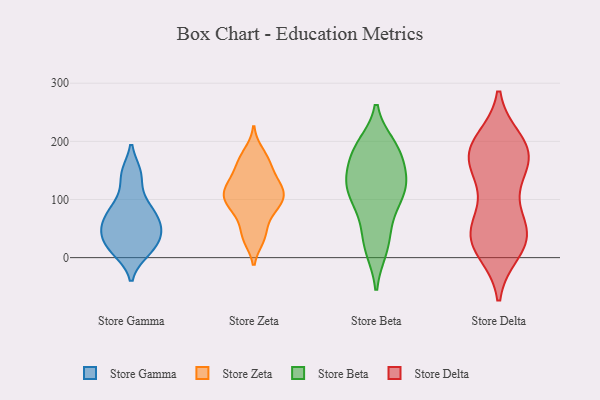
{"axis": {"x": "Customer Acquisition Cost (USD)", "y": "Value"}, "legend": ["Store Beta", "Store Delta", "Store Gamma", "Store Zeta"], "data": [{"x": "", "y": 38, "type": "Store Gamma"}, {"x": "", "y": 19, "type": "Store Gamma"}, {"x": "", "y": 47, "type": "Store Gamma"}, {"x": "", "y": 78, "type": "Store Gamma"}, {"x": "", "y": 58, "type": "Store Gamma"}, {"x": "", "y": 11, "type": "Store Gamma"}, {"x": "", "y": 82, "type": "Store Gamma"}, {"x": "", "y": 144, "type": "Store Gamma"}, {"x": "", "y": 61, "type": "Store Gamma"}, {"x": "", "y": 10, "type": "Store Gamma"}, {"x": "", "y": 144, "type": "Store Gamma"}, {"x": "", "y": 38, "type": "Store Gamma"}, {"x": "", "y": 98, "type": "Store Gamma"}, {"x": "", "y": 146, "type": "Store Zeta"}, {"x": "", "y": 90, "type": "Store Zeta"}, {"x": "", "y": 127, "type": "Store Zeta"}, {"x": "", "y": 88, "type": "Store Zeta"}, {"x": "", "y": 113, "type": "Store Zeta"}, {"x": "", "y": 181, "type": "Store Zeta"}, {"x": "", "y": 85, "type": "Store Zeta"}, {"x": "", "y": 121, "type": "Store Zeta"}, {"x": "", "y": 34, "type": "Store Zeta"}, {"x": "", "y": 112, "type": "Store Zeta"}, {"x": "", "y": 94, "type": "Store Zeta"}, {"x": "", "y": 163, "type": "Store Zeta"}, {"x": "", "y": 118, "type": "Store Zeta"}, {"x": "", "y": 164, "type": "Store Zeta"}, {"x": "", "y": 55, "type": "Store Zeta"}, {"x": "", "y": 33, "type": "Store Zeta"}, {"x": "", "y": 116, "type": "Store Beta"}, {"x": "", "y": 120, "type": "Store Beta"}, {"x": "", "y": 177, "type": "Store Beta"}, {"x": "", "y": 128, "type": "Store Beta"}, {"x": "", "y": 189, "type": "Store Beta"}, {"x": "", "y": 15, "type": "Store Beta"}, {"x": "", "y": 184, "type": "Store Beta"}, {"x": "", "y": 192, "type": "Store Beta"}, {"x": "", "y": 37, "type": "Store Beta"}, {"x": "", "y": 183, "type": "Store Beta"}, {"x": "", "y": 128, "type": "Store Beta"}, {"x": "", "y": 149, "type": "Store Beta"}, {"x": "", "y": 111, "type": "Store Beta"}, {"x": "", "y": 124, "type": "Store Beta"}, {"x": "", "y": 16, "type": "Store Beta"}, {"x": "", "y": 68, "type": "Store Beta"}, {"x": "", "y": 86, "type": "Store Beta"}, {"x": "", "y": 169, "type": "Store Delta"}, {"x": "", "y": 106, "type": "Store Delta"}, {"x": "", "y": 32, "type": "Store Delta"}, {"x": "", "y": 200, "type": "Store Delta"}, {"x": "", "y": 195, "type": "Store Delta"}, {"x": "", "y": 41, "type": "Store Delta"}, {"x": "", "y": 12, "type": "Store Delta"}, {"x": "", "y": 35, "type": "Store Delta"}, {"x": "", "y": 45, "type": "Store Delta"}, {"x": "", "y": 183, "type": "Store Delta"}, {"x": "", "y": 48, "type": "Store Delta"}, {"x": "", "y": 130, "type": "Store Delta"}, {"x": "", "y": 50, "type": "Store Delta"}, {"x": "", "y": 162, "type": "Store Delta"}, {"x": "", "y": 176, "type": "Store Delta"}, {"x": "", "y": 14, "type": "Store Delta"}, {"x": "", "y": 171, "type": "Store Delta"}, {"x": "", "y": 187, "type": "Store Delta"}]}